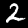
Label: 2